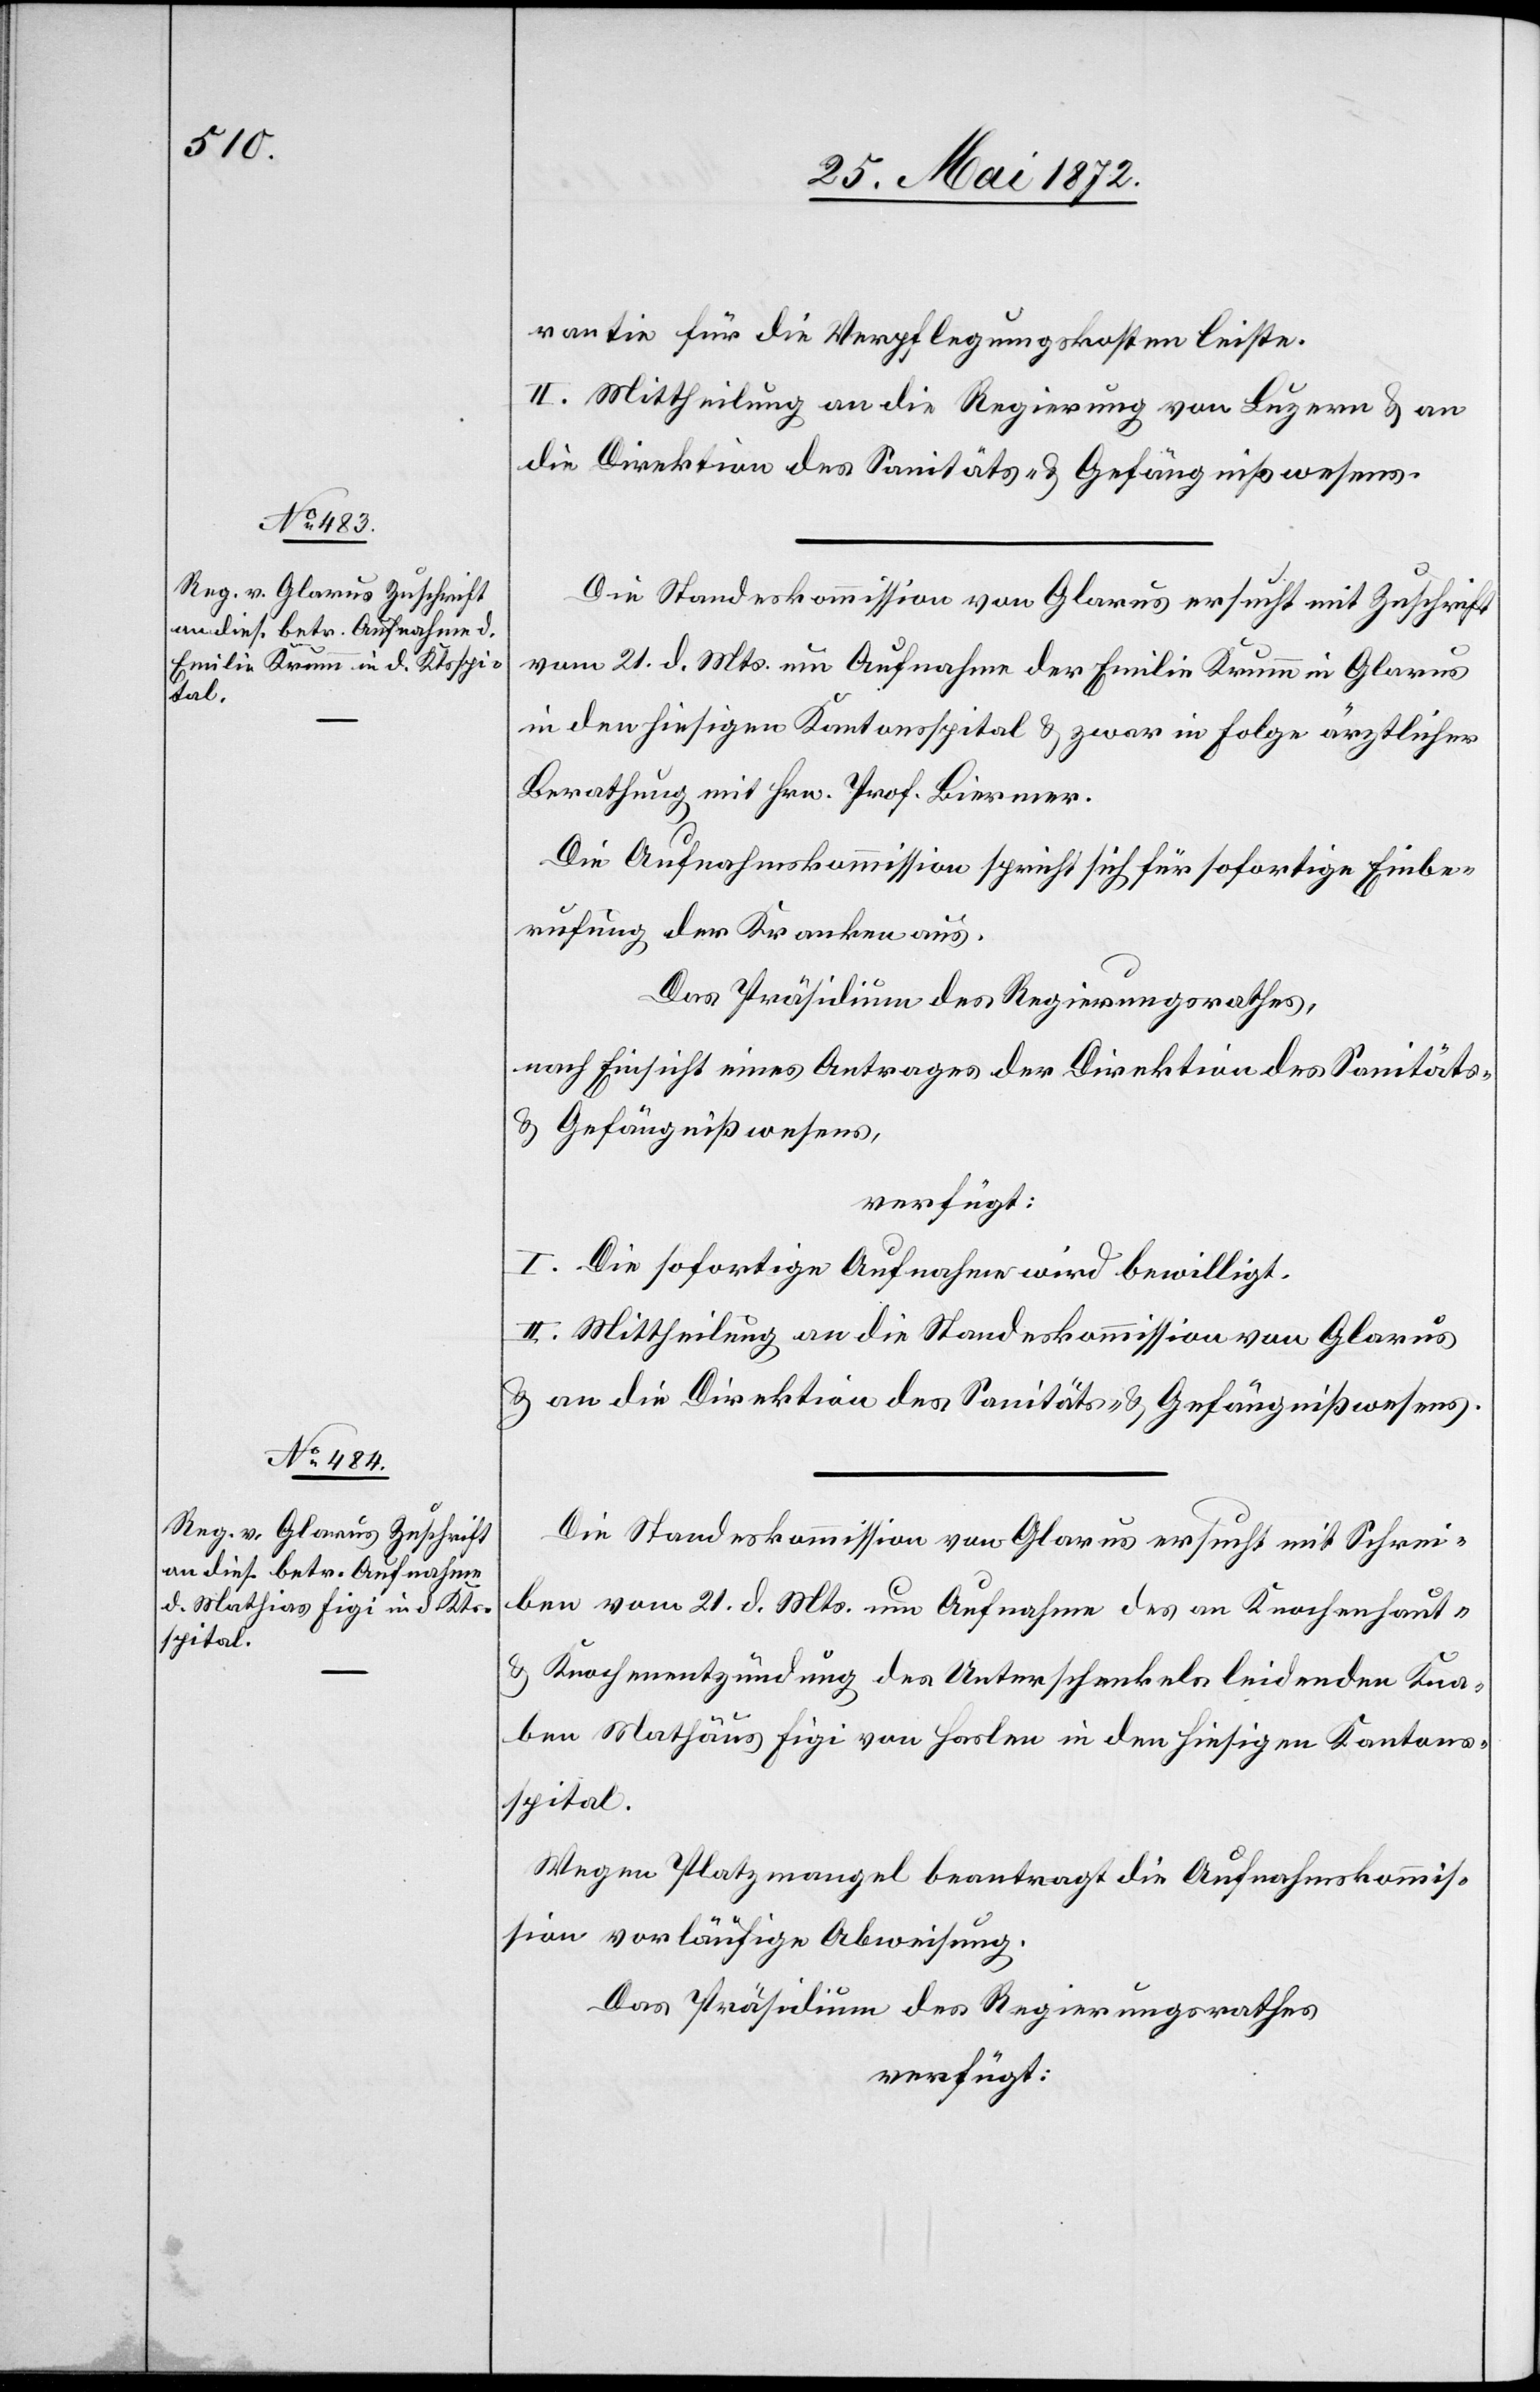
28. Mai 1872.]
rantie für die Verpflegungskosten leiste.
II. Mittheilung an die Regierung von Luzern u. an
die Direktion des Sanitäts- u. Gefängnißwesens.
Die Standeskommission von Glarus ersucht mit Zuschrift
vom 21. d. Mts. um Aufnahme der Emilie Krumm in Glarus
in den hiesigen Kantonsspital u. zwar in Folge ärztlicher
Berathung mit Hrn. Prof. Biermer.
Die Aufnahmskommission spricht sich für sofortige Einbe¬
rufung der Kranken aus.
Das Präsidium des Regierungsrathes,
nach Einsicht eines Antrages der Direktion des Sanitäts-
u. Gefängnißwesens,
verfügt:
I. Die sofortige Aufnahme wird bewilligt.
II. Mittheilung an die Standeskommission von Glarus
u. an die Direktion des Sanitäts- u. Gefängnißwesens.
Die Standeskommission von Glarus ersucht mit Schrei¬
ben vom 21. d. Mts. um Aufnahme des an Knochenhaut-
u. Knochenentzündung des Unterschenkels leidenden Kna¬
ben Mathäus [sic!] Figi von Haslen in den hiesigen Kantons¬
spital.
Wegen Platzmangel beantragt die Aufnahmskommis¬
sion vorläufige Abweisung.
Das Präsidium des Regierungsrathes
verfügt: